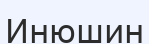
Инюшин